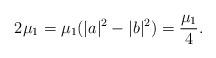
LaTeX: \begin{align*}2\mu_{1}=\mu_{1}(|a|^2-|b|^2)=\frac{\mu_{1}}{4}.\end{align*}